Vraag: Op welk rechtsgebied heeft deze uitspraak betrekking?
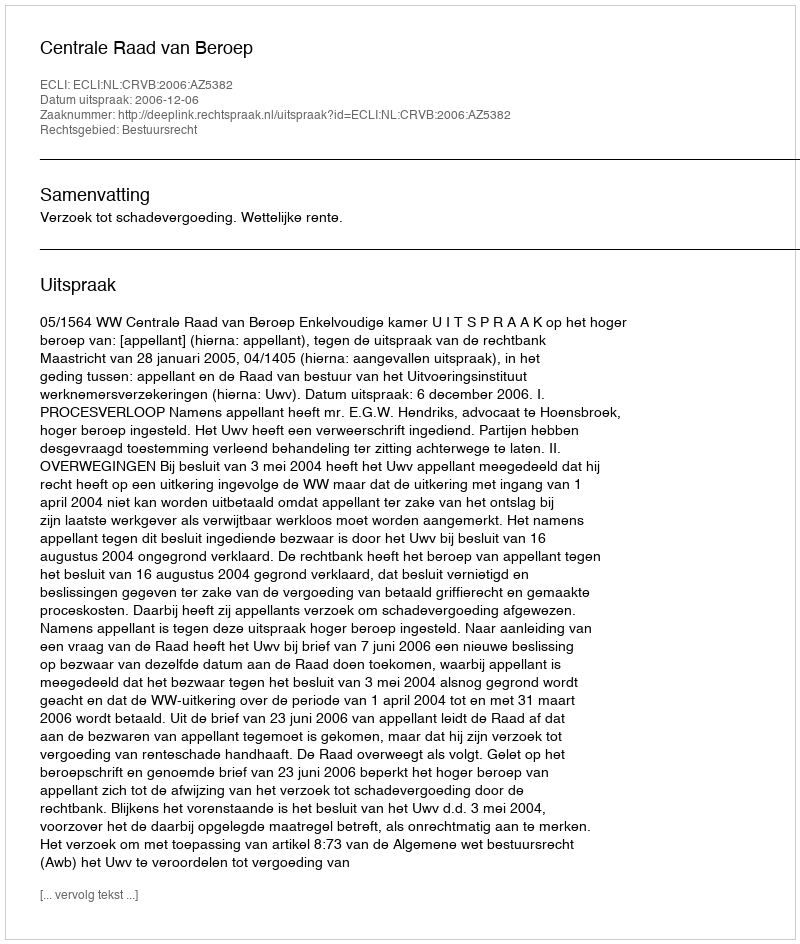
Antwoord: Bestuursrecht